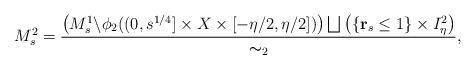
LaTeX: \begin{align*} M_{s}^2=\frac{\left(M_{s}^1\backslash \phi_2( (0,s^{1/4}]\times X\times [-\eta/2,\eta/2])\right) \bigsqcup\left( \{\mathbf{r}_s\leq 1\}\times I_{\eta}^{2} \right) }{\thicksim_2},\end{align*}